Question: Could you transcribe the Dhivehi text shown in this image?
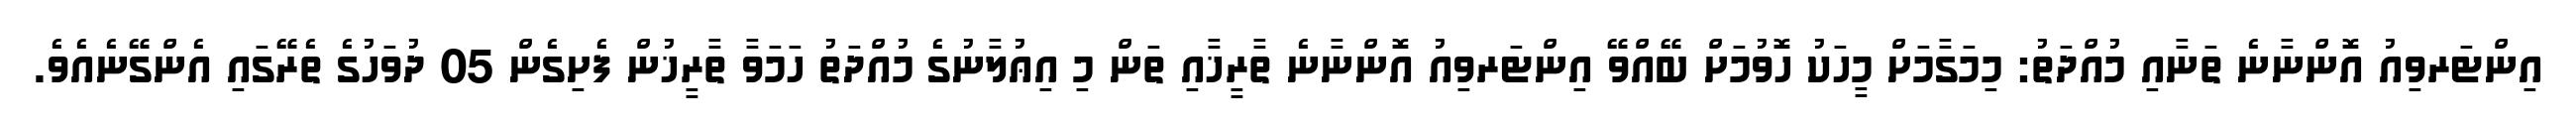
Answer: އިންޓަރވިއު އޮންނާނެ ތަނާއި މުއްދަތު: މިމަގާމަށް މީހަކު ހޮވުމަށް ބޭއްވޭ އިންޓަރވިއު އޮންނާނެ ތާރީޚާއި ތަން މި އިޢުލާނުގެ މުއްދަތު ހަމަވާ ތާރީޚުން ފެށިގެން 05 ދުވަހުގެ ތެރޭގައި އެންގޭނެއެވެ.